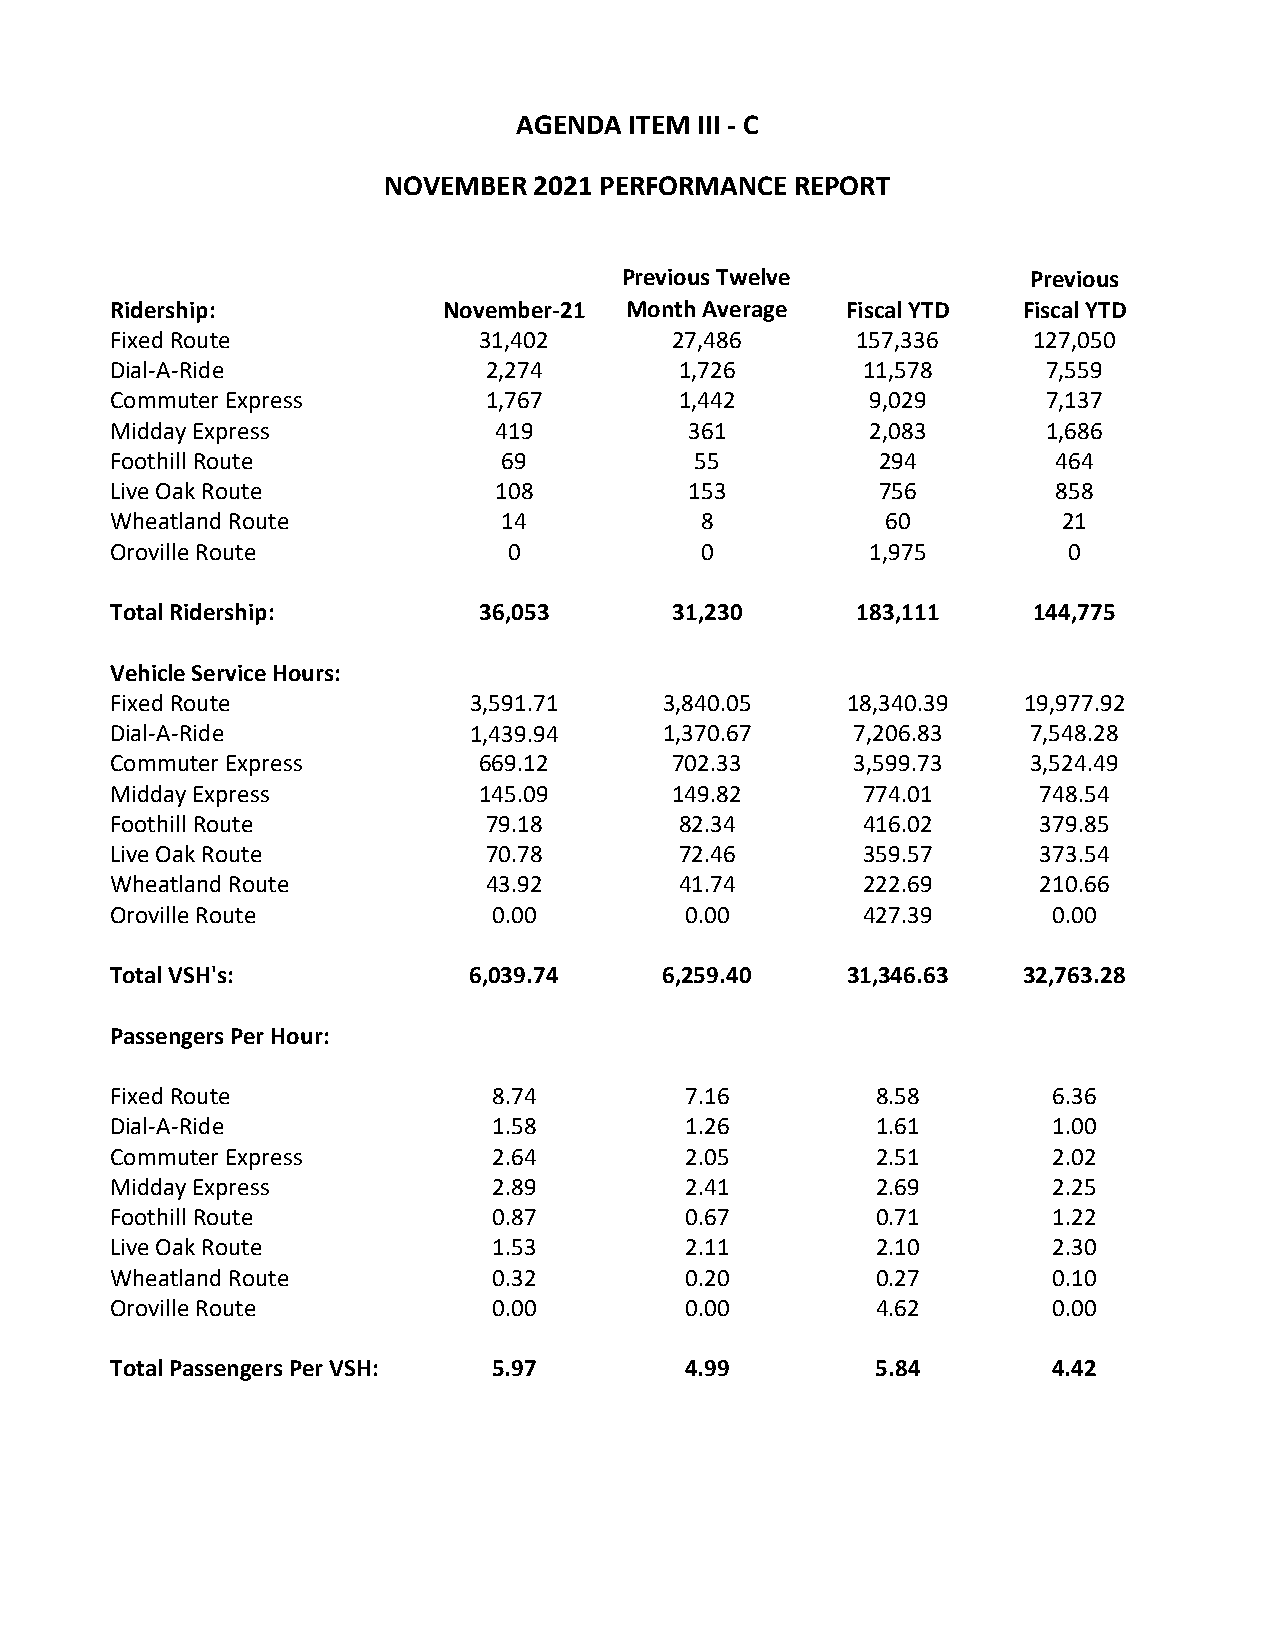
AGENDA ITEM III - C
 NOVEMBER  2021 PERFORMANCE REPORT
 Previous Twelve            Previous
 Ridership:            November-21 Month Average  Fiscal YTD Fiscal YTD
 Fixed Route             31,402       27,486      157,336     127,050
 Dial-A-Ride              2,274        1,726       11,578      7,559
 Commuter Express         1,767        1,442       9,029       7,137
 Midday Express           419          361         2,083       1,686
 Foothill Route            69           55          294         464
 Live Oak Route           108          153          756         858
 Wheatland Route           14           8           60          21
 Oroville Route            0            0          1,975        0
 Total Ridership:        36,053       31,230      183,111     144,775
 Vehicle Service Hours:
 Fixed Route             3,591.71     3,840.05    18,340.39  19,977.92
 Dial-A-Ride             1,439.94     1,370.67    7,206.83    7,548.28
 Commuter Express        669.12       702.33      3,599.73    3,524.49
 Midday Express          145.09       149.82       774.01     748.54
 Foothill Route           79.18        82.34       416.02     379.85
 Live Oak Route           70.78        72.46       359.57     373.54
 Wheatland Route          43.92        41.74       222.69     210.66
 Oroville Route           0.00         0.00        427.39      0.00
 Total VSH's:            6,039.74    6,259.40     31,346.63  32,763.28
 Passengers Per Hour:
 Fixed Route              8.74         7.16         8.58       6.36
 Dial-A-Ride              1.58         1.26         1.61       1.00
 Commuter Express         2.64         2.05         2.51       2.02
 Midday Express           2.89         2.41         2.69       2.25
 Foothill Route           0.87         0.67         0.71       1.22
 Live Oak Route           1.53         2.11         2.10       2.30
 Wheatland Route          0.32         0.20         0.27       0.10
 Oroville Route           0.00         0.00         4.62       0.00
 Total Passengers Per VSH: 5.97        4.99         5.84       4.42